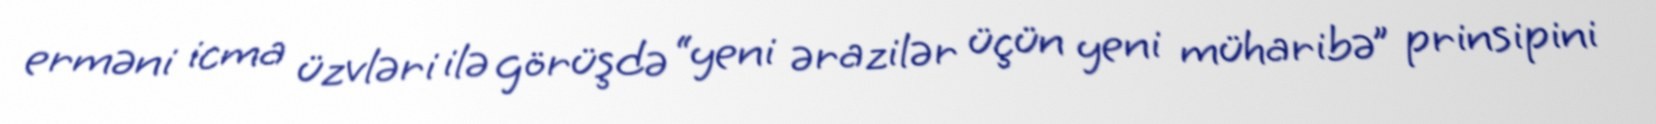
erməni icma üzvləri ilə görüşdə “yeni ərazilər üçün yeni müharibə” prinsipini